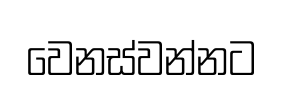
වෙනස්වන්නට